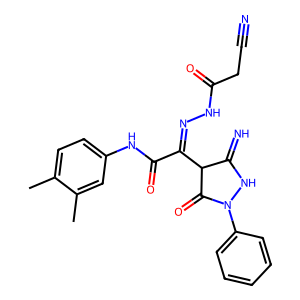
SMILES: Cc1ccc(NC(=O)C(=NNC(=O)CC#N)C2C(=N)NN(c3ccccc3)C2=O)cc1C
Inhibits HIV replication: No